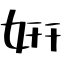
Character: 姸